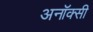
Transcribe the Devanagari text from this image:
अनॉक्सी